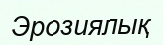
Эрозиялық